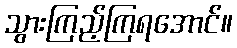
သွားကြည့်ကြရအောင်။